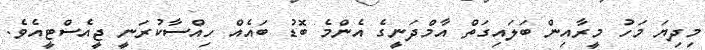
މިދިޔަ މަހު މީރާއިން ބަލައިގަތް އާމްދަނީގެ އެންމެ ބޮޑު ބައެއް ހިއްސާކުރަނީ ޖީއެސްޓީއެވެ.